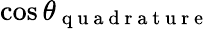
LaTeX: \cos{\theta_{\mathrm{~q~u~a~d~r~a~t~u~r~e~}}}